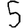
Digit: 5